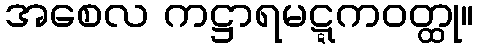
အစေလ ကဋ္ဌာရမဋ္ဋကဝတ္ထု။